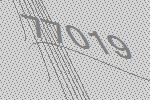
77019